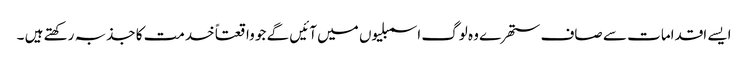
ایسے اقدامات سے صاف ستھرے وہ لوگ اسمبلیوں میں آئیں گے جو واقعتاً خدمت کا جذبہ رکھتے ہیں ۔